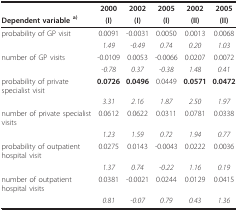
<table><thead><tr><td></td><td><b>2000</b></td><td><b>2002</b></td><td><b>2005</b></td><td><b>2002</b></td><td><b>2005</b></td></tr><tr><td><b>Dependent variable <sup>a)</sup></b></td><td><b>(I)</b></td><td><b>(I)</b></td><td><b>(I)</b></td><td><b>(II)</b></td><td><b>(II)</b></td></tr></thead><tbody><tr><td>probability of GP visit</td><td>0.0091</td><td>-0.0031</td><td>0.0050</td><td>0.0013</td><td>0.0068</td></tr><tr><td></td><td><i>1.49</i></td><td><i>-0.49</i></td><td><i>0.74</i></td><td><i>0.20</i></td><td><i>1.03</i></td></tr><tr><td>number of GP visits</td><td>-0.0109</td><td>0.0053</td><td>-0.0066</td><td>0.0207</td><td>0.0072</td></tr><tr><td></td><td><i>-0.78</i></td><td><i>0.37</i></td><td><i>-0.38</i></td><td><i>1.48</i></td><td><i>0.41</i></td></tr><tr><td>probability of private specialist visit</td><td><b>0.0726</b></td><td><b>0.0496</b></td><td>0.0449</td><td><b>0.0571</b></td><td><b>0.0472</b></td></tr><tr><td></td><td><i>3.31</i></td><td><i>2.16</i></td><td><i>1.87</i></td><td><i>2.50</i></td><td><i>1.97</i></td></tr><tr><td>number of private specialist visits</td><td>0.0612</td><td>0.0622</td><td>0.0311</td><td>0.0781</td><td>0.0338</td></tr><tr><td></td><td><i>1.23</i></td><td><i>1.59</i></td><td><i>0.72</i></td><td><i>1.94</i></td><td><i>0.77</i></td></tr><tr><td>probability of outpatient hospital visit</td><td>0.0275</td><td>0.0143</td><td>-0.0043</td><td>0.0222</td><td>0.0036</td></tr><tr><td></td><td><i>1.37</i></td><td><i>0.74</i></td><td><i>-0.22</i></td><td><i>1.16</i></td><td><i>0.19</i></td></tr><tr><td>number of outpatient hospital visits</td><td>0.0381</td><td>-0.0021</td><td>0.0244</td><td>0.0129</td><td>0.0415</td></tr><tr><td></td><td><i>0.81</i></td><td><i>-0.07</i></td><td><i>0.79</i></td><td><i>0.43</i></td><td><i>1.36</i></td></tr></tbody></table>